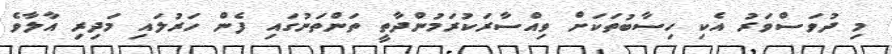
މި ދުވަސްވަރު އެކި ހިސާބުތަކަށް ވިއްސާރަކުރަމުންދާތީ ތަންތަނުގައި ފެން ހަރުލައި މަދިރި އާލާވެ